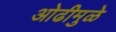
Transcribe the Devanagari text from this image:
ओढीमुळे